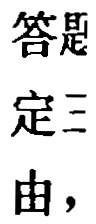
答题
定三
由，